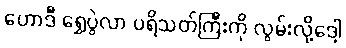
ဟောဒီ ရွှေပွဲလာ ပရိသတ်ကြီးကို လွမ်းလို့ဒေါ့